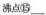
沸点⑮___